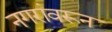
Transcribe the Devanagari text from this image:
नगरांवरून